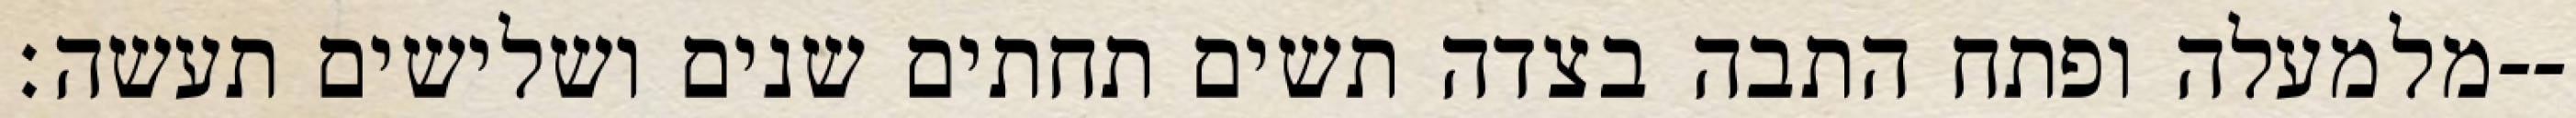
מלמעלה ופתח התבה בצדה תשים תחתים שנים ושלישים תעשה׃--